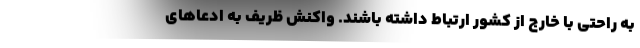
به راحتی با خارج از کشور ارتباط داشته باشند. واکنش ظریف به ادعاهای